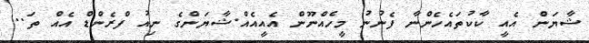
ޝާޔަން އެއީ ކާކުތައެހެންނާ ފެނުނު މީހެއްނޫން އެއީއެއް.ޝާޔަންގެ ނިއު ފްރެންޑް އެއް ތަ..